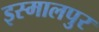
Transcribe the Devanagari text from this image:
इस्मालपुर